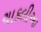
ચાકલીઆ